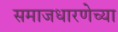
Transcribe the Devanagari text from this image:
समाजधारणेच्या